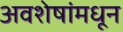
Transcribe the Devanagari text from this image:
अवशेषांमधून